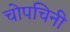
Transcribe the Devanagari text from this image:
चोपचिनी